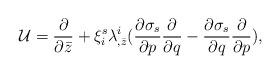
LaTeX: \begin{align*}{\cal U} = {\partial \over \partial \bar z} + \xi^s_i \lambda^i_{,\bar z}({\partial \sigma_s \over \partial p}{\partial \over \partial q} -{\partial \sigma_s \over \partial q}{\partial \over \partial p}),\end{align*}